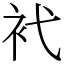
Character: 䘝